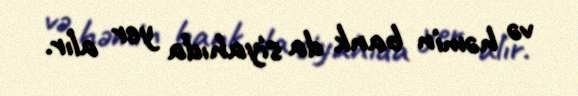
və həmin bank da siyahıda yer alır.